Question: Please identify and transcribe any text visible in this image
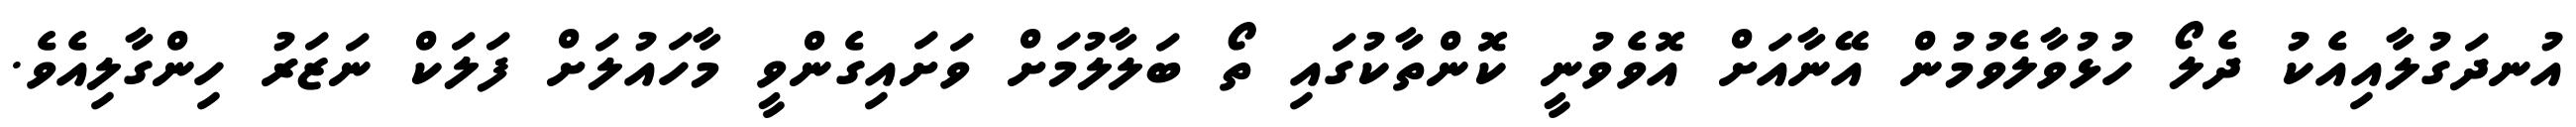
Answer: އުނދަގުލާއިއެކު ދެލޯ ހުޅުވާލެވުމުން އޭނާއަށް އޮވެވުނީ ކޮންތާކުގައި ތޯ ބަލާލުމަށް ވަށައިގެންވީ މާހައުލަށް ފަލަކް ނަޒަރު ހިންގާލިއެވެ.